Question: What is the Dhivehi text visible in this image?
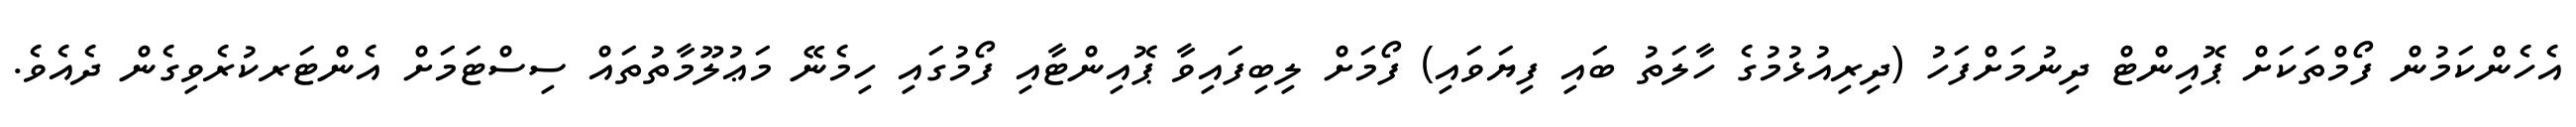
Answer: އެހެންކަމުން ފޯމްތަކަށް ޕޮއިންޓް ދިނުމަށްފަހު (ދިރިއުޅުމުގެ ހާލަތު ބައި ފިޔަވައި) ފޯމަށް ލިބިފައިވާ ޕޮއިންޓާއި ފޯމުގައި ހިމެނޭ މަޢުލޫމާތުތައް ސިސްޓަމަށް އެންޓަރކުރެވިގެން ދެއެވެ.